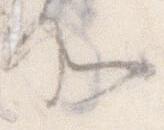
そ